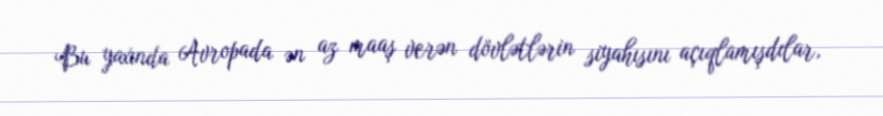
Bu yaxında Avropada ən az maaş verən dövlətlərin siyahısını açıqlamışdılar,